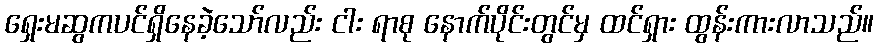
ရှေးမဆွကပင်ရှိနေခဲ့သော်လည်း ငါး ရာစု နောက်ပိုင်းတွင်မှ ထင်ရှား ထွန်းကားလာသည်။